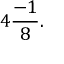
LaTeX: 4 { \frac { - 1 } { 8 } } .